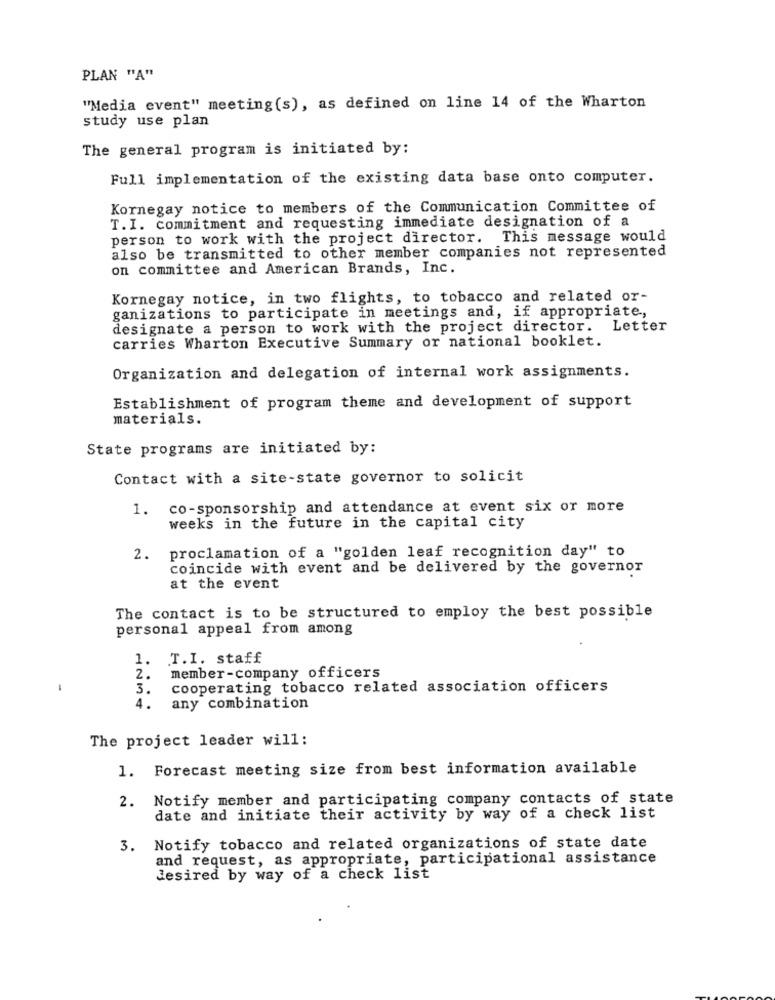
PLAN "A"
"Media event" meeting(s), as defined on line 14 of the Wharton
study use plan
The general program is initiated by:
Full implementation of the existing data base onto computer.
Kornegay notice to members of the Communication Committee of
T. I. commitment and requesting immediate designation of a
person to work with the project director. This message would
also be transmitted to other member companies not represented
on committee and American Brands, Inc.
Kornegay notice, in two flights, to tobacco and related or-
ganizations to participate in meetings and, if appropriate,
designate a person to work with the project director.
Letter
carries Wharton Executive Summary or national booklet.
Organization and delegation of internal work assignments.
Establishment of program theme and development of support
materials.
State programs are initiated by:
Contact with a site-state governor to solicit
1. co-sponsorship and attendance at event six or more
weeks in the future in the capital city
2. proclamation of a "golden leaf recognition day" to
coincide with event and be delivered by the governor
at the event
The contact is to be structured to employ the best possible
personal appeal from among
1. T.I. staff
2.
member-company officers
-
3.
cooperating tobacco related association officers
4.
any combination
The project leader will:
1. Forecast meeting size from best information available
2. Notify member and participating company contacts of state
date and initiate their activity by way of a check list
3. Notify tobacco and related organizations of state date
and request, as appropriate, participational assistance
desired by way of a check list